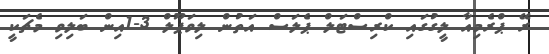
ރޭ ޕްރެމިއާ ލީގުގައި ކްރިސްޓަލް ޕެލަސް އަތުން ލިވަޕޫލް 3-1އިން ބަލިވި މެޗަކީ